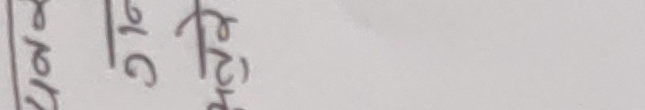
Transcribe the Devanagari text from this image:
हेर १७ बेच ७